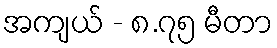
အကျယ် - ၈.၇၅ မီတာ